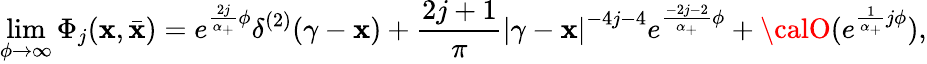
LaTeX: \operatorname*{lim}_{\phi\rightarrow\infty}\Phi_{j}(\mathbf{x},\bar{{\mathbf{x}}})=e^{\frac{{2j}}{{\alpha_{+}}}\phi}\delta^{(2)}(\gamma-\mathbf{x})+\frac{{2j+1}}{{\pi}}\left|\gamma-\mathbf{x}\right|^{-4j-4}e^{\frac{{-2j-2}}{{\alpha_{+}}}\phi}+{\calO}(e^{\frac{1}{{\alpha_{+}}}j\phi}),